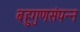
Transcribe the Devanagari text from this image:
बहुगुणसंपन्न